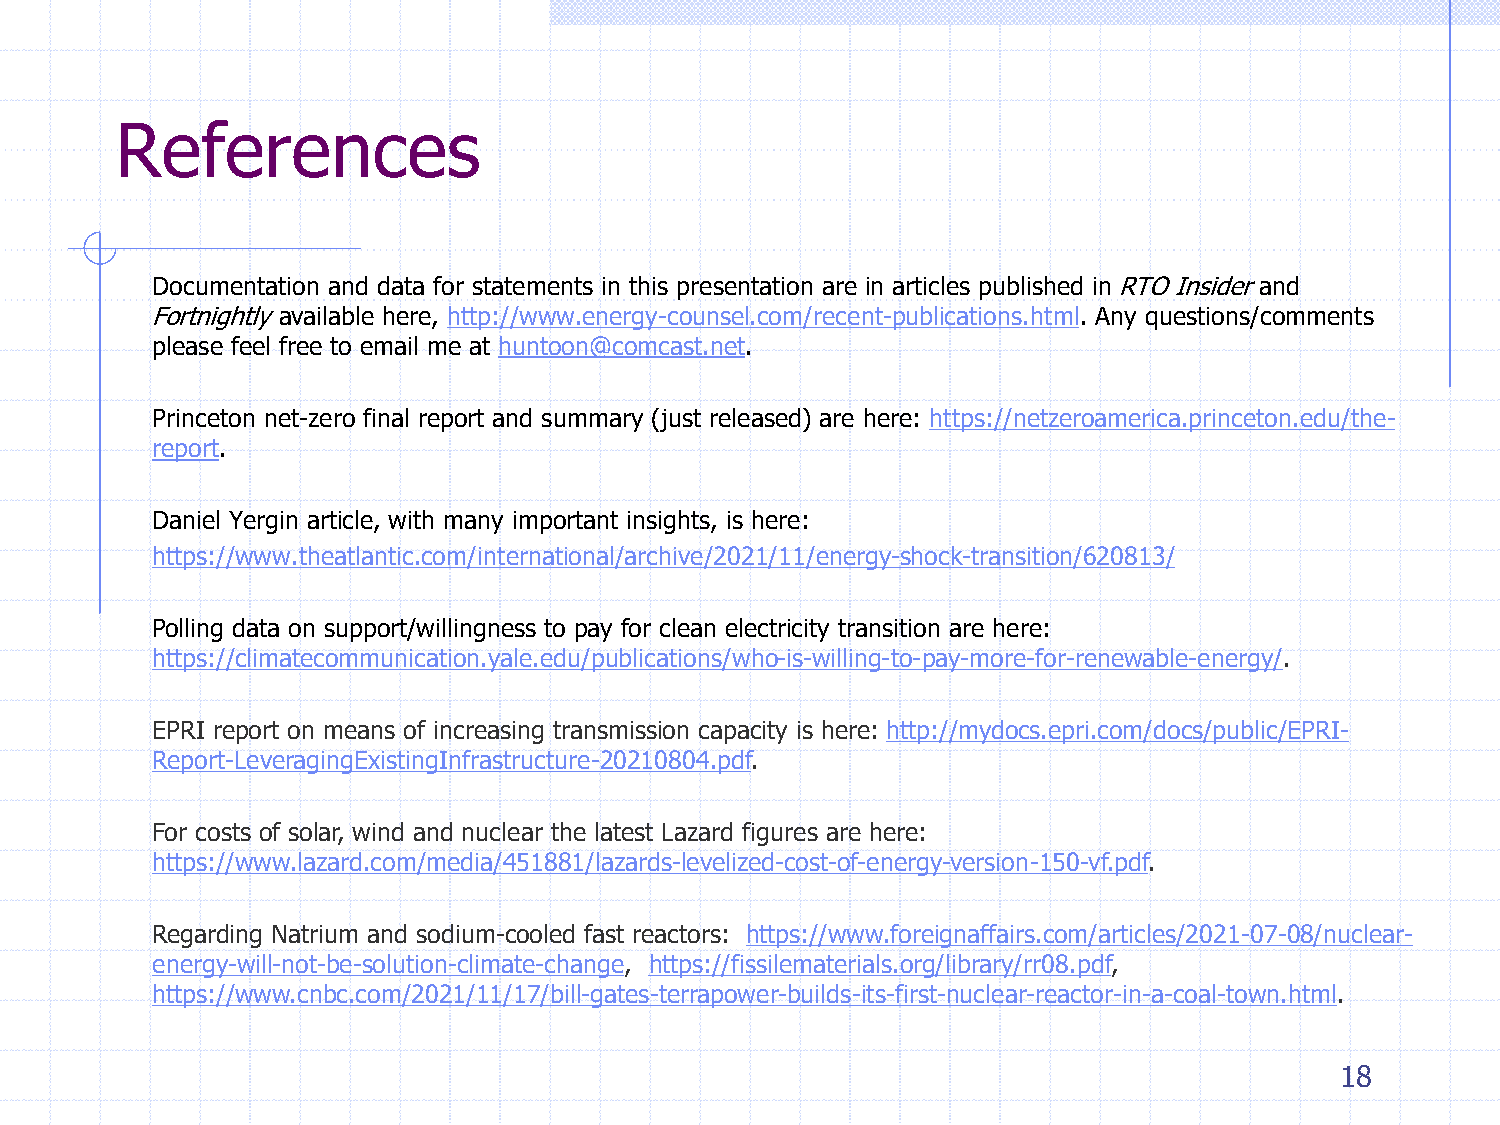
References
 Documentation and data for statements in this presentation are in articles published in RTO Insider and
 Fortnightly available here, http://www.energy-counsel.com/recent-publications.html. Any questions/comments
 please feel free to email me at huntoon@comcast.net.
 Princeton net-zero final report and summary (just released) are here: https://netzeroamerica.princeton.edu/the-
 report.
 Daniel Yergin article, with many important insights, is here:
 https://www.theatlantic.com/international/archive/2021/11/energy-shock-transition/620813/
 Polling data on support/willingness to pay for clean electricity transition are here:
 https://climatecommunication.yale.edu/publications/who-is-willing-to-pay-more-for-renewable-energy/.
 EPRI report on means of increasing transmission capacity is here: http://mydocs.epri.com/docs/public/EPRI-
 Report-LeveragingExistingInfrastructure-20210804.pdf.
 For costs of solar, wind and nuclear the latest Lazard figures are here:
 https://www.lazard.com/media/451881/lazards-levelized-cost-of-energy-version-150-vf.pdf.
 Regarding Natrium and sodium-cooled fast reactors: https://www.foreignaffairs.com/articles/2021-07-08/nuclear-
 energy-will-not-be-solution-climate-change, https://fissilematerials.org/library/rr08.pdf,
 https://www.cnbc.com/2021/11/17/bill-gates-terrapower-builds-its-first-nuclear-reactor-in-a-coal-town.html.
 18